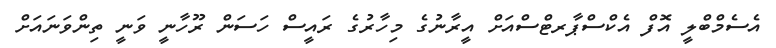
އެސެމްބްލީ އޮފް އެކްސްޕާރޓްސްއަށް އީރާނުގެ މިހާރުގެ ރައީސް ހަސަން ރޫހާނީ ވަނީ ތިންވަނައަށް